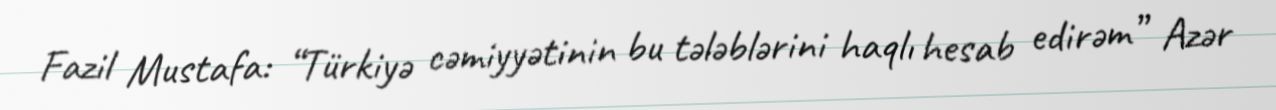
Fazil Mustafa: “Türkiyə cəmiyyətinin bu tələblərini haqlı hesab edirəm” Azər